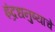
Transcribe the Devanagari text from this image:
इंद्रधनुष्याचे